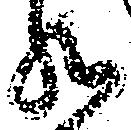
然